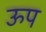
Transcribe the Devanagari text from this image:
ऊप